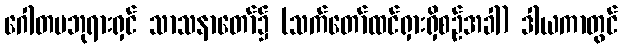
ဂေါတမဘုရားရှင် သာသနာတော်၌ (သက်တော်ထင်ရှားရှိစဉ်အခါ) ဒါယကာတွင်